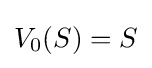
V_{0}(S)=S